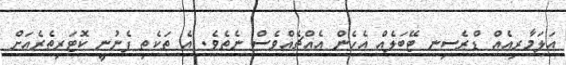
އަލަމާރިއެއް ޑްރެސިނ ޓޭބަލެއް އެހެން އެއްޗެއްވެސް ނެތެވެ. އެ ތަކެތި ފެނުނީ ކޮޓަރިތެރެއަށް